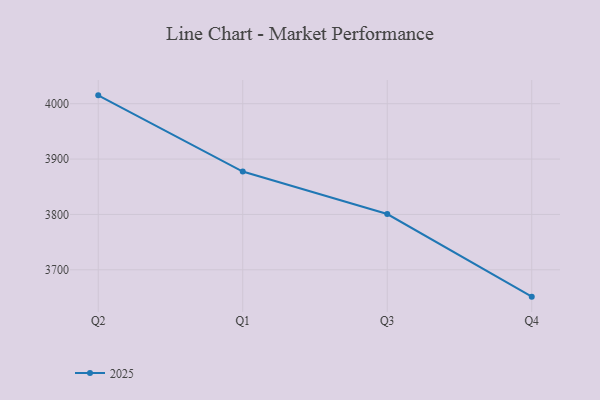
{"axis": {"x": "Quarter", "y": "Customer Acquisition Cost (USD)"}, "legend": ["2025"], "data": [{"x": "Q2", "y": 4015.1, "type": "2025"}, {"x": "Q1", "y": 3877.4, "type": "2025"}, {"x": "Q3", "y": 3800.7, "type": "2025"}, {"x": "Q4", "y": 3651.5, "type": "2025"}]}